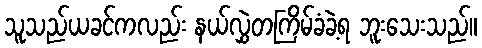
သူသည်ယခင်ကလည်း နယ်လွှဲတကြိမ်ခံခဲ့ရ ဘူးသေးသည်။